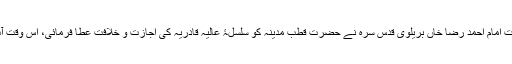
۱۳۱۵ھ/ ۱۸۹۷ء میں اعلیٰ حضرت امام احمد رضا خاں بریلوی قدس سرہٗ نے حضرت قطبِ مدینہ کو سلسلۂ عالیہ قادریہ کی اجازت و خلافت عطا فرمائی، اس وقت آپ کی عمر اکیس (۲۱) سال تھی۔